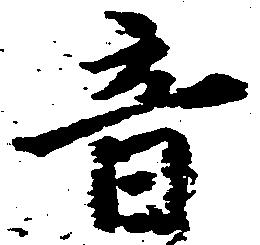
音